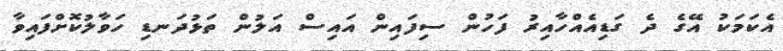
އެކަމަކު އޭގެ ދެ ގަޑިއެއްހާއިރު ފަހުން ސިފައިން އައިސް އަލުން ތަޅުދަނޑި ހަވާލުކޮށްފައިވާ